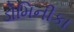
ડોમિનીકા